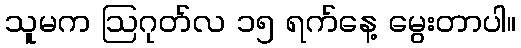
သူမက ဩဂုတ်လ ၁၅ ရက်နေ့ မွေးတာပါ။